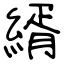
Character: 縃